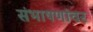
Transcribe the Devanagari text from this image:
संभाषणांवर